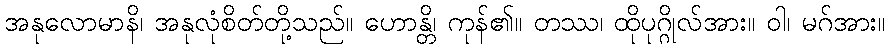
အနုလောမာနိ၊ အနုလုံစိတ်တို့သည်။ ဟောန္တိ၊ ကုန်၏။ တဿ၊ ထိုပုဂ္ဂိုလ်အား။ ဝါ၊ မဂ်အား။